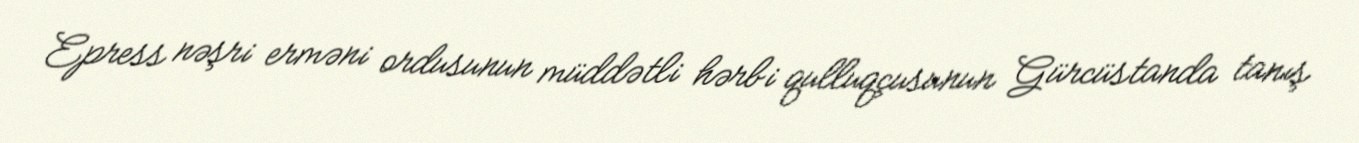
Epress nəşri erməni ordusunun müddətli hərbi qulluqçusunun Gürcüstanda tanış